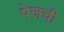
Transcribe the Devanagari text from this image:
पेजची